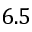
6 . 5